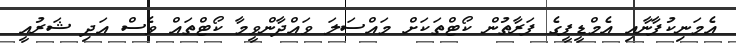
އެމަނިކުފާނާއި އެމްޑީޕީގެ ފަރާތުން ކޯޓްތަކަށް މައްސަލަ ވައްދާންވީމާ ކޯޓްތައް ވެސް އަދި ޝަރުއީ